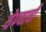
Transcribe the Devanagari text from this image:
येण्‍याची